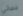
فضائى